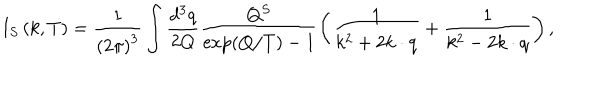
I _ { S } \left( k , T \right) = \frac 1 { \left( 2 \pi \right) ^ { 3 } } \int \frac { d ^ { 3 } q } { 2 Q } \frac { Q ^ { S } } { \exp \left( Q / T \right) - 1 } \left( \frac 1 { k ^ { 2 } + 2 k \cdot q } + \frac 1 { k ^ { 2 } - 2 k \cdot q } \right) ,